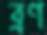
ব্রণ